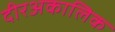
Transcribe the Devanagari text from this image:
दीरअकालिक